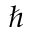
\hbar